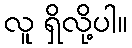
လူ ရှိလို့ပါ။